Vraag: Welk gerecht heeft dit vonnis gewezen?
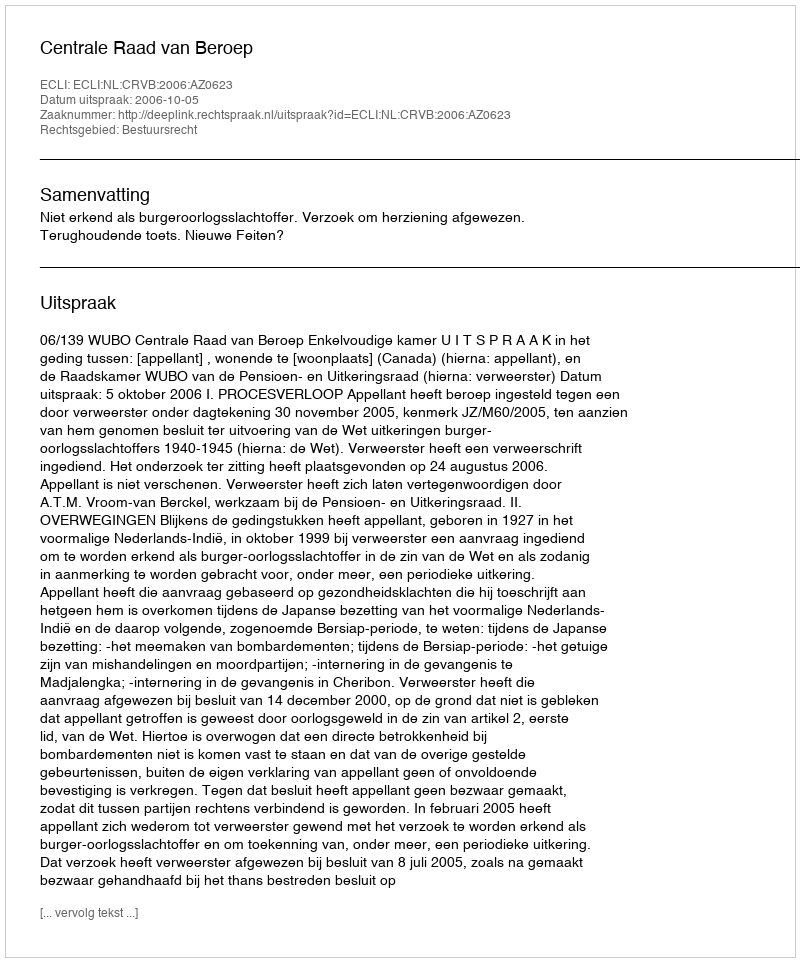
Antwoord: Centrale Raad van Beroep